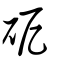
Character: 砨